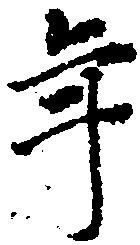
年